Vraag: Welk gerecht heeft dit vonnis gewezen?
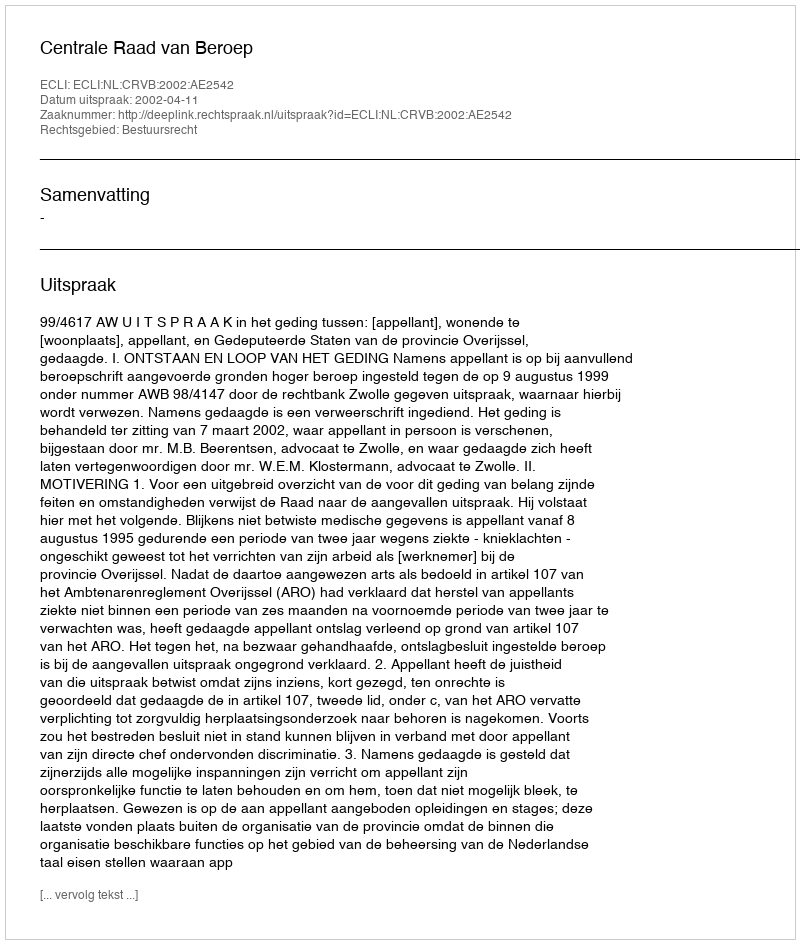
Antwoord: Centrale Raad van Beroep